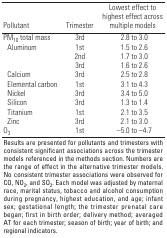
| Pollutant | Trimester | Lowest effect to highest effect across multiple models |
 | --- | --- | --- |
 | PM10 total mass | 3rd | 2.8 to 3.0 |
 | Aluminum | 1st | 1.5 to 2.6 |
 |  | 2nd | 1.7 to 3.0 |
 |  | 3rd | 1.6 to 2.6 |
 | Calcium | 3rd | 2.5 to 2.8 |
 | Elemental carbon | 1st | 3.1 to 4.3 |
 | Nickel | 3rd | 3.4 to 5.0 |
 | Silicon | 3rd | 1.3 to 1.4 |
 | Titanium | 1st | 2.1 to 3.5 |
 | Zinc | 3rd | 2.1 to 3.0 |
 | O3 | 1st | –5.0 to –4.7 |
 | <COLSPAN=5> Results are presented for pollutants and trimesters withconsistent significant associations across the trimester modelsreferenced in the methods section. Numbers are the range of effect inthe alternative trimester models. No consistent trimester associationswere observed for CO, NO2, and SO2. Each model was adjusted by maternalrace, marital status, tobacco and alcohol consumption during pregnancy,highest education, and age; infant sex; gestational length; thetrimester prenatal care began; first in birth order; delivery method;averaged AT for each trimester; season of birth; year of birth; andregional indicators. |